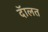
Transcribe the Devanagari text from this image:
दॅालत